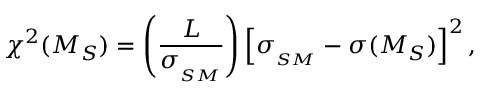
\chi ^ { 2 } ( M _ { S } ) = \left( \frac { L } { \sigma _ { _ { S M } } } \right) \left[ \sigma _ { _ { S M } } - \sigma ( M _ { S } ) \right] ^ { 2 } ,